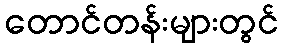
တောင်တန်းများတွင်